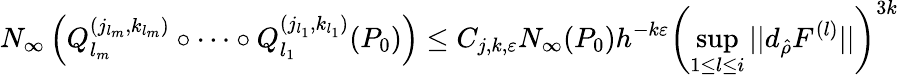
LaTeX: N_{\infty}\left(Q_{l_{m}}^{(j_{l_{m}},k_{l_{m}})}\circ\dots\circ Q_{l_{1}}^{(j_{l_{1}},k_{l_{1}})}(P_{0})\right)\leq C_{j,k,\varepsilon}N_{\infty}(P_{0})h^{-k\varepsilon}\left(\operatorname*{sup}_{1\leq l\leq i}||d_{\hat{\rho}}F^{(l)}||\right)^{3k}